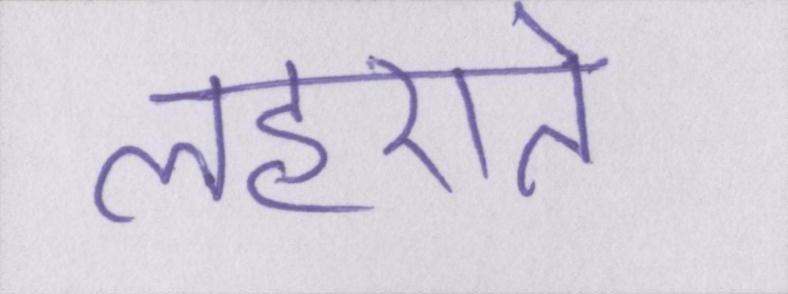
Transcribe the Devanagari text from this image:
लहराते